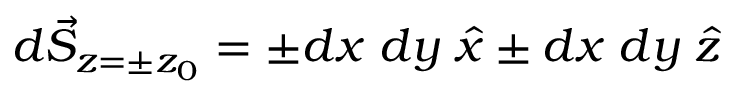
d \vec { S } _ { z = \pm z _ { 0 } } = \pm d x \; d y \; \hat { x } \pm d x \; d y \; \hat { z }